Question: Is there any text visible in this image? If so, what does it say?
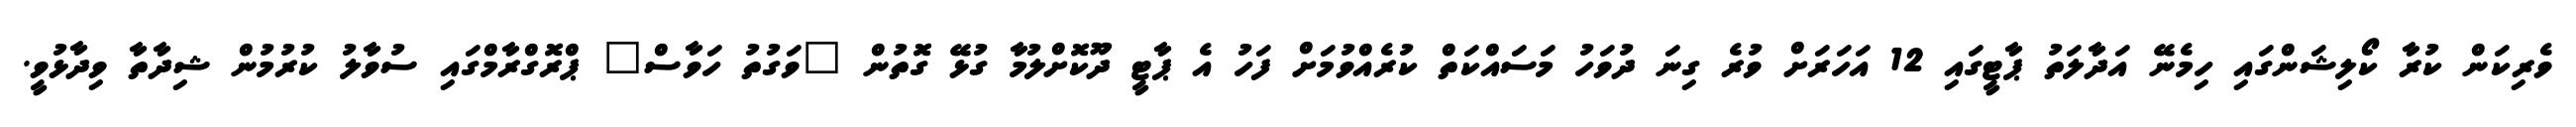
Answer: ވެރިކަން ކުރާ ކޯލިޝަންގައި ހިމެނޭ އަދާލަތު ޕާޓީގައި 12 އަހަރަށް ވުރެ ގިނަ ދުވަހު މަސައްކަތް ކުރެއްވުމަށް ފަހު އެ ޕާޓީ ދޫކޮށްލުމާ ގުޅޭ ގޮތުން "ވަގުތު ހަވާސް" ޕްރޮގްރާމްގައި ސުވާލު ކުރުމުން ޝިދާތާ ވިދާޅުވީ.